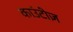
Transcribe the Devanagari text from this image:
काउंटीज़